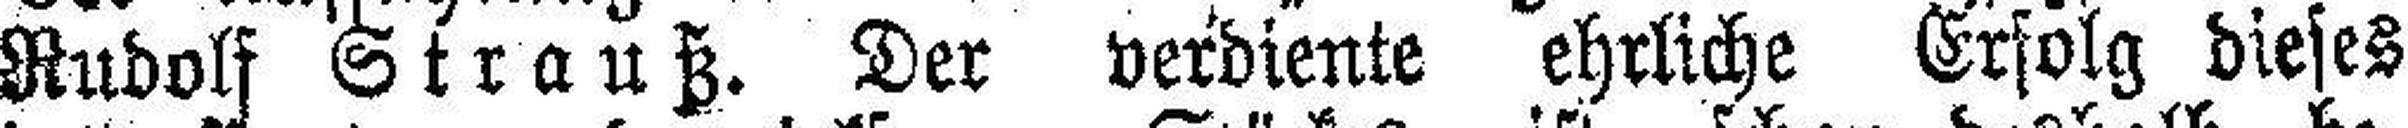
Rudolf Strauß. Der verdiente ehrliche Erfolg dieses